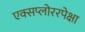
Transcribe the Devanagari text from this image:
एक्सप्लोररपेक्षा